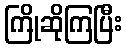
ကြိုဆိုကြပြီး